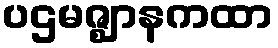
ပဌမဇ္ဈာနကထာ